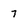
Character: 7